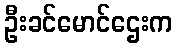
ဦးခင်မောင်ဌေးက